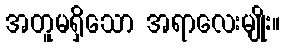
အတူမရှိသော အရာလေးမျိုး။